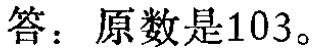
答：原数是103。